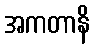
အကတာနိ